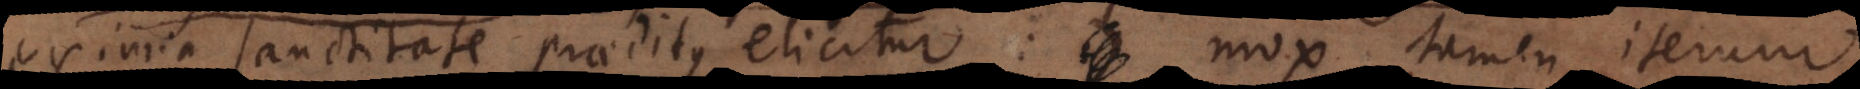
eximia sanctitate praeditus elicitur: mox tamen iterum